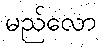
မည်လော